Vital statistics of India. Vol. IV, Annual returns from 1871 to 1876. British Army of India, Native Army and jails of Bengal
Year: 1871
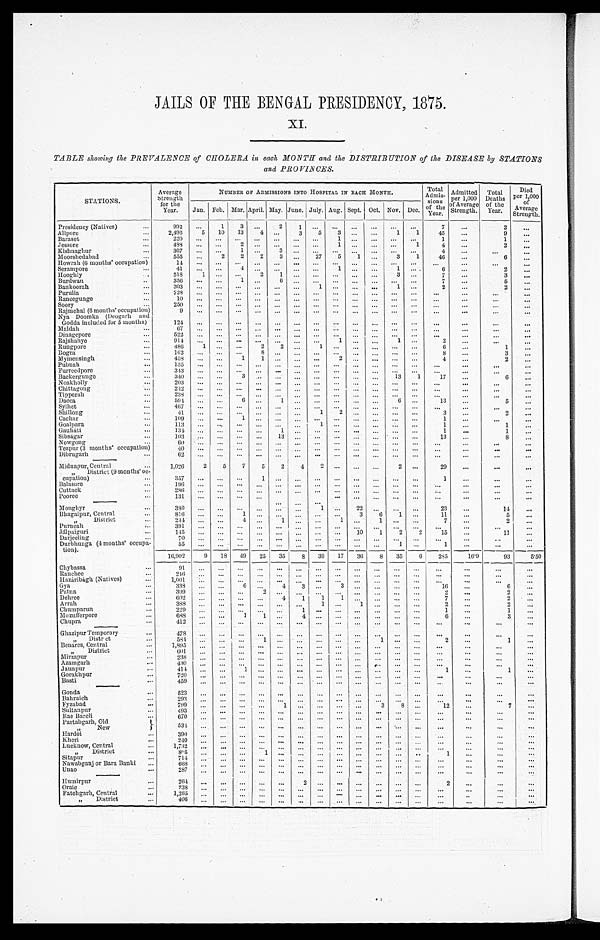
JAILS OF THE BENGAL PRESIDENCY, 1875.
XI.
TABLE showing the PREVALENCE of CHOLERA in each MONTH and the DISTRIBUTION of the DISEASE by STATIONS
and PROVINCES.
STATIONS.
Average
Strength
for the
Year.
NUMBER OF ADMISSIONS INTO HOSPITAL IN EACH MONTH.
Total
Admis- sions
of the
Year.
Admitted
per 1,000
of Average
Strength.
Total
Deaths
of the
Year.
Died
per 1,000
of
Average
Strength.
Jan. Feb. Mar. April. May. June. July. Aug. Sept.
Oct. Nov. Dec.
Presidency (Natives)
. . .
992
...
1
3 ...
2 1
. . .
...
...
...
...
...
7
...
2
...
Alipore
...
2,496
5
10
13
4
...
3
5
3 ...
...
1
1
45
...
9
...
Baraset
. . .
2 2 0 ...
. . .
......
......
. . .
1
. . .
. . .
. . .
. . .
1
...
1
. . .
Jessore
. . .
488
...
...
2 ...
......
. . .
1 ...
...
...
1
4
...
2
...
Kishnaghur
...
367
...
...
1 ...
3
. . . . . .
. . .
...
. . . ...
. . .
4
...
. . .
. . .
Moorshedabad
...
555
...
2
2
2
3 ...
27
5
1
. . .
3
1
4 6
...
6
. . .
Howrah (6 months' occupation)
1 4 ...
. . .
...
. . .
...
. . .
. . .
. . .
. . .
. . .
. . .
. . .
. . .
. . .
. . .
. . .
Serampore
. . .
4 1 ...
. . .
4
...
... ...
. . . 1
... ...
1
. . .
6
...
2
. . .
Hooghly
. . .
5 1 8
1
. . .
...
2
1 ...
. . . ...
... ...
3 ...
7
...
3
. . .
Burdwan
. .
356
...
... 1
...
6 ...
. . . ...
... ...
... ...
7
...
5
. . .
Bankoorah
. . .
303
...
. . . ...
...
... ...
1 ...
... ...
1 ...
2
...
2
...
Purulia
. . .
2 2 8 ...
. . . ...
...
. . .
. . .
. . .
. . .
. . .
. . .
. . .
. . .
. . .
. . .
. . .
. . .
Raneegunge
. . .
1 0
. . .
. . .
. . .
. . .
. . .
. . .
. . .
. . .
. . .
. . . ...
. . .
...
. . . . . .
. . .
Soory
. . .
2 5 0 ...
. . .
... ... ...
...
. . . ...
... ...
...
...
...
...
. . .
. . .
Rajmehal (6 months' occupation
9 ...
. . .
... ... ...
...
. . . ...
... ...
...
...
. . .
. . . . . .
. . .
Nya Doomka (Deogarh and Godda included for 5 months)
1 2 4
. . .
. . .
. . .
. . . . . .
. . .
. . .
. . .
. . .
...
. . .
. . .
...
...
. . .
. . .
M a l d a h
. . .
6 7 ...
. . .
... ... ...
...
. . . ...
...
. . .
. . .
...
. . .
. . . . . .
. . .
Dinagepore
. . .
5 2 2 ...
. . .
...
. . .
. . .
...
. . .
. . .
... ...
...
. . .
...
...
. . .
. . .
Rajshahye
...
914
...
. . .
... ... ...
. . .
. . .
1
. . .
. . .
1
...
2
...
. . .
. . .
Rungpore
...
486
1
. . .
...
2 2
...
1
. . . ... ...
...
...
6
...
1
. . .
Bogra
. . .
1 6 2 ...
...
...8
...
...
. . .
. . .
. . . . . .
. . .
. . .
8
...
3
. . .
Mymensingh
. . .
458
. . . . . .
1
1 ...
...
. . .
2
. . . ...
...
...
4
...
2
. . .
Pubnah
. . .
1 3 5 ...
. . . ...
...
...
...
. . .
. . .
. . .
. . .
. . .
. . .
. . .
. . .
. . .
. . .
Furreedpore
. . .
343
...
. . .
. . .
...
...
...
. . .
. . . ... ...
...
...
. . .
. . . . . .
. . .
Backergunge
. . .
340
. . . . . .
3
. . .
. . .
. . .
. . .
. . .
. . .
. . .
1 3
1
1 7
...
6
. . .
Noakholly
. . .
2 0 3
...
. . . ...
... ...
...
. . . ...
. . .
. . .
. . .
. . .
. . .
. . .
. . .
...
Chittagong
. . .
2 4 2 ...
. . . ...
... ...
. . .
. . .
. . .
. . .
. . .
. . .
. . .
. . .
. . . . . .
. . .
Tipperah
...
2 3 8 ...
. . . ...
... ...
...
. . . ...
...
. . . ...
...
...
. . . . . .
. . .
Dacca
...
5 9 4 ...
... 6
...
1
...
. . .
...
... ...
6
...
1 3
...
5
. . .
Sylhet
...
4 6 7
...
. . . ...
... ...
. . .
. . .
...
...
. . . ...
...
. . .
. . .
. . .
...
Shillong
...
4 1 ...
. . . ...
... ...
...
1
2 ...
. . .
...
...
3
. . . 2
. . .
Cachar
. . .
109
...
. . . 1
... ...
...
. . . . . .
...
. . .
...
...
1
...
. . .
. . .
Goalpara
. . .
113
. . .
. . .
. . .
. . . ...
...
1 ...
. . .
. . .
. . .
. . .
1
. . . 1
. . .
Gauháti
. . .
1 3 4
...
. . .
. . .
. . .
1
. . .
. . .
. . .
. . .
. . .
. . .
. . .
1
...
1
...
Sibságar
. . .
1 0 3
...
. . .
. . .
. . . 13
. . .
. . . ...
. . .
. . .
. . .
. . .
1 3
. . .
8
. . .
Nowgong
...
6 0
...
. . .
. . . ...
. . .
. . .
. . .
. . .
. . .
. . .
. . .
. . .
. . .
...
. . .
...
Tezpur (3 months' occupation)
40
. . .
. . .
... ... ...
. . .
. . . ...
. . .
. . .
. . .
. . .
. . .
. . . . . .
...
Dibrugarh
...
6 2
. . .
. . .
. . .
. . .
. . .
. . .
. . .
. . .
. . .
. . .
. . .
. . .
. . .
. . . . . .
. . .
Midnapur, Central
...
1,026
2
5
7
5
2
4
2
. . .
. . .
. . . 2
...
29
...
. . .
...
,, District (9 months' oc-
cuption)
...
3 5 7
. . .
. . .
. . .
1
...
...
. . . ...
... ...
...
...
1
. . . . . .
...
Balasore
. . .
1 9 6
...
. . .
......
...
...
. . .
. . .
... ...
...
...
. . .
. . . . . .
. . .
Cuttack
...
286
. . .
. . .
......
...
...
. . .
. . .
. . .
. . .
. . .
. . .
. . .
...
. . .
. . .
Pooree
...
131
...
. . .
...
. . . . . . ...
. . .
. . .
. . . ...
. . .
. . .
. . .
. . . . . .
...
Monghyr
. . .
380
. . .
. . .
. . . ...
. . .
. . .
1 ...
22
...
...
...
23
...
1 4
...
Bhagalpur, Central
. . .
816
. . .
. . .
1
. . . ...
. . .
. . .
. . .
3
6 1
...
1 1
...
5
. . .
,,
District
...
2 4 4
. . .
. . .
4
... 1
. . .
. . .
1
. . .
1 ...
...
7
. . .
2
. . .
Purneah
. . .
391
. . .
. . .
. . . ... ...
...
. . .
. . . ...
. . .
...
...
. . .
...
. . .
. . .
Jálpaiguri
. . .
1 4 5
. . .
. . .
... ... ...
...
. . .
. . .
1 0
1
2
2
1 5
...
1 1
...
Darjeeling
. . .
7 0 ...
. . .
...
. . .
. . .
. . .
. . .
. . .
. . .
. . .
. . .
. . .
. . .
. . .
. . .
...
Durbhunga (4 months' occupation).
5 5 ...
. . .
...
. . .
. . .
. . .
. . .
. . .
. . .
. . . 1
...
1
. . . . . .
. . .
1 6 , 9 0 2
9
18
4 9
2 5 35
8
39
17
36
8
35
6
285
16.9
93
5.50
Chybassa
. . .
91 ...
. . .
. . .
. . .
. . .
...
. . .
. . .
. . .
. . .
......
. . .
...
. . .
. . .
Ranchee
. . .
246 ...
. . .
... ...
...
. . .
. . . ...
. . .
. . .
. . .
...
. . .
. . . . . .
. . .
Hazáribágh (Natives)
. . .
1,001 ...
. . .
. . .
. . .
. . .
. . .
. . .
. . .
. . .
. . .
. . .
...
. . .
. . . . . .
. . .
Gy a
. . .
338
. . .
. . .
6
...
4
3
. . . 3
...
. . .
. . .
. . .
1 6
...
6
. . .
Patna
. . .
399
...
. . . ...
2
... ...
. . . ...
...
. . .
... ...
2
...
2
...
Dehree
. . .
6 0 2 ...
. . .
... ...
4
1
1
1 ...
...
...
...
7
...
2
. . .
Arrah
. . .
388
. . .
. . .
. . . ... ...
...
1
. . .
1
. . .
. . . ...
2
...
2
...
Chumparun
. . .
2 2 9 ...
. . .
... ...
. . .
1
. . .
. . .
...
. . .
. . .
. . .
1
...
1
. . .
Mozufferpore
. . .
688
. . .
. . .
1
1 ...
4
. . . ...
... ...
... ...
6
. . .
3
...
Chupra
. . .
4 1 2
...
. . .
...
...
. . . ...
. . . ...
. . .
. . .
. . .
. . .
. . .
. . .
. . .
. . .
Ghazipur Temporary
...
4 7 8
...
. . .
...
...
... ...
. . . ...
... ...
... ...
...
...
. . .
...
, , D i s t r c t
. . .
5 8 4
...
. . .
...
1
. . .
. . .
. . .
. . .
. . .
1
. . . ...
2
. . .
1
...
Benares, Central
...
1,895 ...
. . .
...
...
... ...
. . .
. . . ... ...
... ...
. . .
. . .
. . .
...
, , Di st ri ct
. . .
6 0 1
. . .
. . .
. . .
. . .
. . .
. . .
. . .
. . .
... ...
... ...
. . .
...
. . .
. . .
Mirzapur
...
238
. . .
. . .
... ...
... ...
. . . ...
. . .
. . .
. . .
. . .
. . .
. . . . . .
. . .
Azamgarh
. . .
4 3 0
...
. . .
. . .
. . .
. . .
. . .
. . .
. . .
. . .
. . .
. . .
. . .
. . .
. . .
. . .
. . .
Jaunpur
. . .
414
...
. . .
1
...
... ...
. . . ...
... ...
... ...
1
...
1
. . .
Gorakhpur
...
7 2 0
. . .
. . .
... ...
. . .
. . .
. . .
. . .
. . . . . .
. . .
. . .
. . .
. . .
. . .
. . .
Basti
. . .
4 5 9 ...
. . .
... ...
...
. . .
. . .
. . .
. . .
. . .
. . .
. . .
. . .
. . . . . .
. . .
Gonda
...
523
...
. . .
... ...
... ...
. . . ...
...
. . .
... ...
...
...
. . .
...
Bahraich
. . .
2 9 3
. . .
. . .
. . .
. . .
. . .
. . .
. . .
. . .
. . .
. . .
. . .
. . .
. . .
. . . . . .
. . .
Fyzabad
. . .
799
...
. . .
... ...
1
. . .
. . .
. . .
. . .
3
8
. . .
12
. . . 7
. . .
Sultanpur
. . .
493
...
. . .
. . .
. . .
... ...
. . .
. . .
. . .
. . .
...
. . .
. . .
...
. . .
...
Rae Bareli
. . .
670
. . .
. . .
. . .
. . .
. . .
. . .
. . .
. . .
. . .
. . .
. . .
...
. . .
. . . . . .
. . .
Partabgarh, Old
5 3 4
. . .
. . .
. . .
. . .
. . .
. . .
. . .
. . .
. . .
. . .
. . .
...
. . .
. . .
. . .
. . .
, , N e w
Hardoi
. . .
390
...
. . .
... ...
... ...
. . . ...
...
. . .
......
...
...
. . .
...
Kheri
. . .
2 4 0
. . .
. . .
. . .
. . .
. . .
. . .
. . .
. . .
. . .
. . .
. . .
. . .
. . .
. . . . . .
. . .
Lucknow, Central
. . .
1 , 7 3 2
. . .
. . .
. . .
. . .
. . .
. . .
. . .
. . .
. . .
. . .
. . .
. . .
. . .
. . .
. . .
. . .
, , D i s t r i c t
. . .
8 0 5
. . .
. . .
. . .
1
... ...
. . . ...
. . .
. . .
. . .
. .
1
. . . . . .
...
Sitapur
. . .
714
...
. . .
......
...
. . .
. . .
. . .
. . .
. . .
...
. . .
. . .
. . . . . .
. . .
Nawabganj or Bara Banki
. . .
6 6 8
...
. . .
......
... ...
. . .
. . .
. . .
. . .
... ...
. . .
...
. . .
. . .
Unao
. . .
2 8 7
. . .
. . .
. . .
. . .
. . .
. . .
. . . ...
. . .
. . .
. . .
. . .
. . .
. . . . . .
. . .
Humirpur
. . .
2 6 4
...
. . .
... ...
...2
. . . ...
...
. . .
... ...
2
...
. . .
...
O r a i e
. . .
2 3 8
. . .
. . .
. . .
. . .
. . .
...
. . . ...
...
. . .
. . . ...
. . .
. . . . . .
. . .
Fatehgarh, Central
. . .
1 , 2 6 5
...
. . .
... ...
......
. . . ―
...
. . .
. . .
. . .
. . .
. . . . .
. . .
,,
District
. . .
4 0 6
. . .
. . .
. . .
. . .
. . .
...
. . . ...
. . .
. . .
. . .
. . .
. . .
. . . . . .
. . .